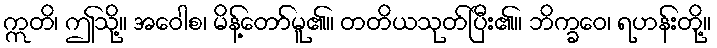
ဣတိ၊ ဤသို့။ အဝေါစ၊ မိန့်တော်မူ၏။ တတိယသုတ်ပြီး၏။ ဘိက္ခဝေ၊ ရဟန်းတို့။